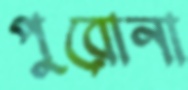
পুরোনা